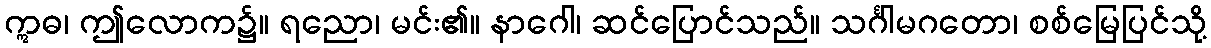
ဣဓ၊ ဤလောက၌။ ရညော၊ မင်း၏။ နာဂေါ၊ ဆင်ပြောင်သည်။ သင်္ဂါမဂတော၊ စစ်မြေပြင်သို့